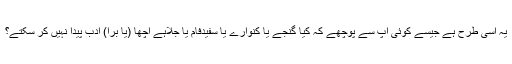
یہ اسی طرح ہے جیسے کوئی آپ سے پوچھے کہ کیا گنجے یا کنوارے یا سفیدفام یا جلاہے اچھا (یا برا) ادب پیدا نہیں کر سکتے؟